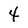
Character: 4